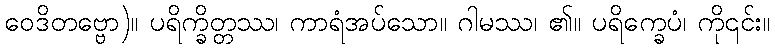
ဝေဒိတဗ္ဗော)။ ပရိက္ခိတ္တဿ၊ ကာရံအပ်သော။ ဂါမဿ၊ ၏။ ပရိက္ခေပံ၊ ကို၎င်း။